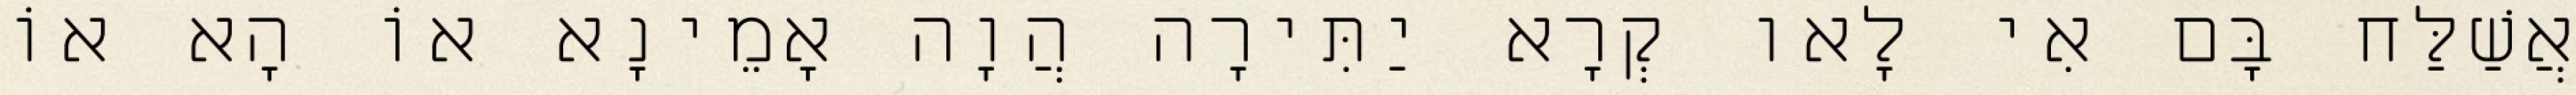
אֲשַׁלַּח בָּם אִי לָאו קְרָא יַתִּירָה הֲוָה אָמֵינָא אוֹ הָא אוֹ